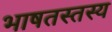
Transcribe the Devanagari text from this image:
भाषतस्तस्य